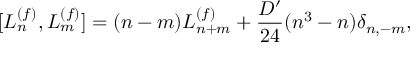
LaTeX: [ L _ { n } ^ { ( f ) } , L _ { m } ^ { ( f ) } ] = ( n - m ) L _ { n + m } ^ { ( f ) } + \frac { D ^ { \prime } } { 2 4 } ( n ^ { 3 } - n ) \delta _ { n , - m } ,